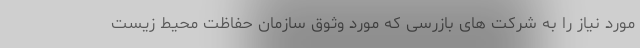
مورد نیاز را به شرکت های بازرسی که مورد وثوق سازمان حفاظت محیط زیست